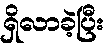
ရှိလာခဲ့ပြီး